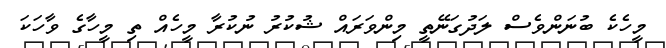
މީހެކެ ބުނަންވެސް ލަދުގަނޭތީ މިންވަރައް ޝުކުރު ނުކުރާ މީހެއް ތި މީހާގެ ވާހަކަ